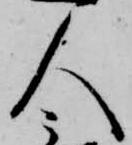
人